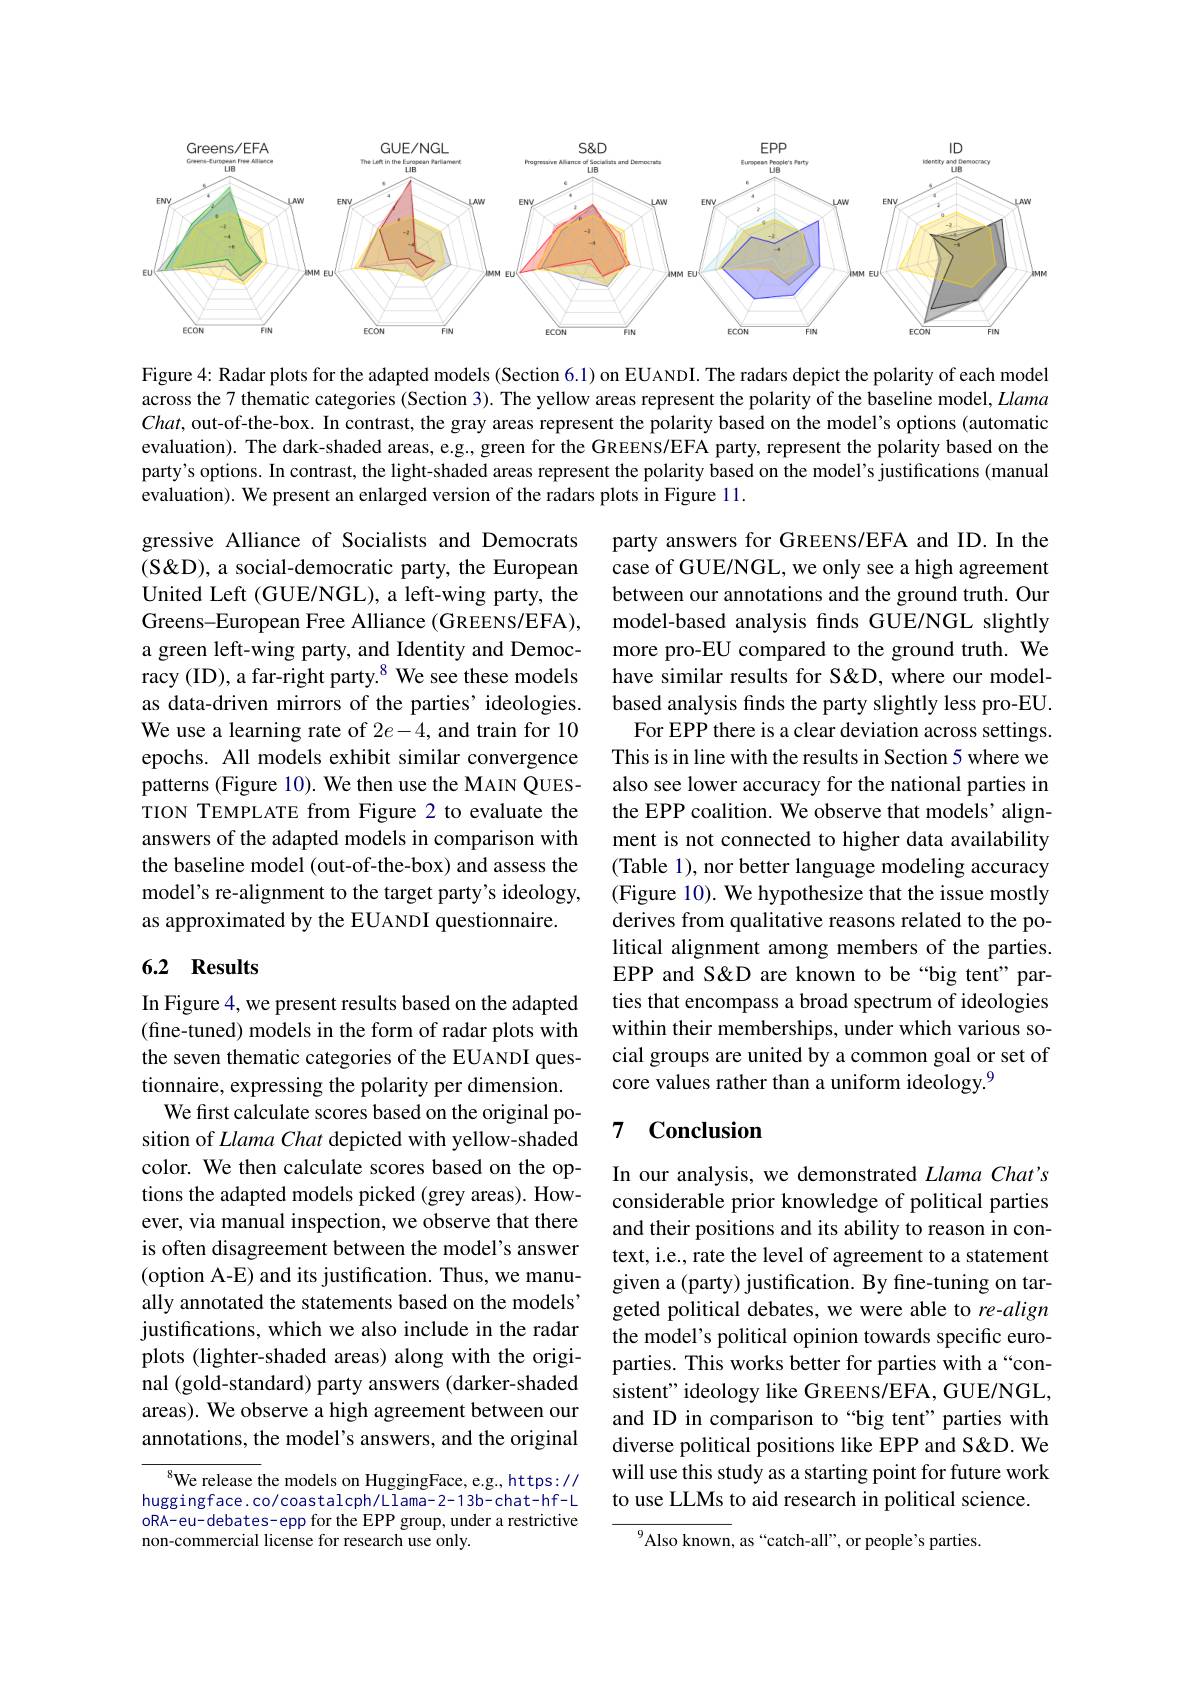
<FigureHere>

Figure 4: Radar plots for the adapted models (Section 6.1) on EUANDI. The radars depict the polarity of each model across the 7 thematic categories (Section 3). The yellow areas represent the polarity of the baseline model, Llama Chat, out-of-the-box. In contrast, the gray areas represent the polarity based on the model's options (automatic evaluation). The dark-shaded areas, e.g., green for the GREENS/EFA party, represent the polarity based on the party's options. In contrast, the light-shaded areas represent the polarity based on the model's justifications (manual evaluation). We present an enlarged version of the radars plots in Figure 11.

gressive Alliance of Socialists and Democrats (S&D), a social-democratic party, the European United Left (GUE/NGL), a left-wing party, the Greens-European Free Alliance (GREENS/EFA), a green left-wing party, and Identity and Democracy (ID), a far-right party.$^{8}$ We see these models as data-driven mirrors of the parties' ideologies. We use a learning rate of $2e-4$, and train for 10 epochs. All models exhibit similar convergence patterns (Figure 10). We then use the MAIN QUESTION TEMPLATE from Figure 2 to evaluate the answers of the adapted models in comparison with the baseline model (out-of-the-box) and assess the model's re-alignment to the target party's ideology, as approximated by the EUANDI questionnaire.

party answers for GREENS/EFA and ID. In the case of GUE/NGL, we only see a high agreement between our annotations and the ground truth. Our model-based analysis finds GUE/NGL slightly more pro-EU compared to the ground truth. We have similar results for S&D, where our modelbased analysis finds the party slightly less pro-EU.
For EPP there is a clear deviation across settings. This is in line with the results in Section 5 where we also see lower accuracy for the national parties in the EPP coalition. We observe that models’ alignment is not connected to higher data availability (Table 1), nor better language modeling accuracy (Figure 10). We hypothesize that the issue mostly derives from qualitative reasons related to the political alignment among members of the parties. EPP and S&D are known to be “big tent” parties that encompass a broad spectrum of ideologies within their memberships, under which various social groups are united by a common goal or set of core values rather than a uniform ideology.$^{9}$

## 6.2 Results

### 7 $\textbf{Conclusion}$

In Figure 4, we present results based on the adapted (fine-tuned) models in the form of radar plots with the seven thematic categories of the EUANDI questionnaire, expressing the polarity per dimension.
We first calculate scores based on the original position of Llama Chat depicted with yellow-shaded color. We then calculate scores based on the options the adapted models picked (grey areas). However, via manual inspection, we observe that there is often disagreement between the model's answer (option A-E) and its justification. Thus, we manually annotated the statements based on the models' justifications, which we also include in the radar plots (lighter-shaded areas) along with the original (gold-standard) party answers (darker-shaded areas). We observe a high agreement between our annotations, the model's answers, and the original

In our analysis, we demonstrated Llama Chat's considerable prior knowledge of political parties and their positions and its ability to reason in context, i.e., rate the level of agreement to a statement given a (party) justification. By fine-tuning on targeted political debates, we were able to re-align the model's political opinion towards specific europarties. This works better for parties with a“consistent" ideology like GREENS/EFA, GUE/NGL, and ID in comparison to“big tent” parties with diverse political positions like EPP and S&D. We will use this study as a starting point for future work to use LLMs to aid research in political science.

We release the models on HuggingFace, e.g., https:// huggingface. co/coastalcph/Llama-2-13b-chat-hf-L oRA-eu-debates-epp for the EPP group, under a restrictive non-commercial license for research use only.

$^{9}$Also known, as“catch-all”, or people's parties.